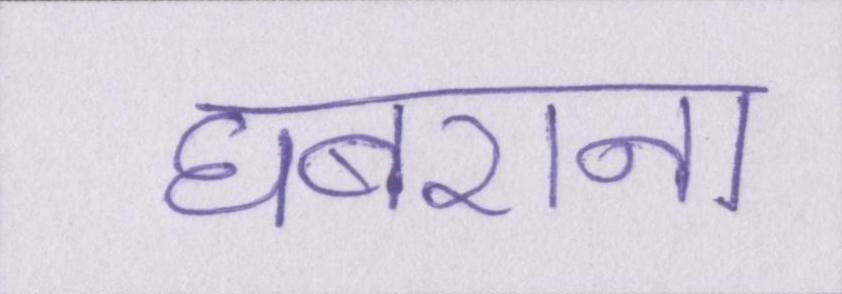
घबराना